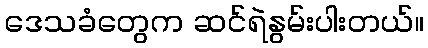
ဒေသခံတွေက ဆင်ရဲနွမ်းပါးတယ်။